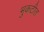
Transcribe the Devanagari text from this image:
भुकटीत